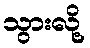
သွားလို့